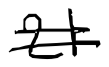
Text: 21
Cross-out: double-line
Writing tool: digital_black